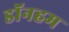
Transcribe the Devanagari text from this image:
डॉनहम